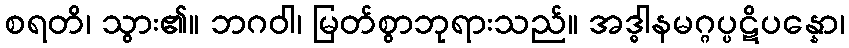
စရတိ၊ သွား၏။ ဘဂဝါ၊ မြတ်စွာဘုရားသည်။ အဒ္ဓါနမဂ္ဂပ္ပဋိပန္နော၊